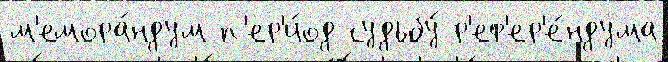
м'емора́ндум п'ер'и́од судьбу́ р'еф'ер'е́ндума